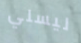
ليسلي